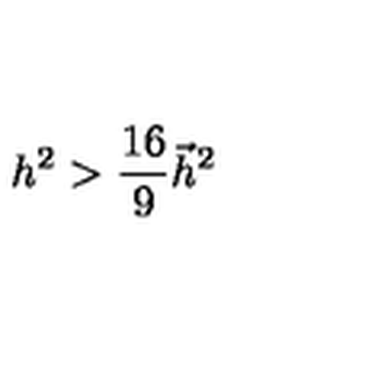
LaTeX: h ^ { 2 } > \frac { 1 6 } 9 \vec { h } ^ { 2 }